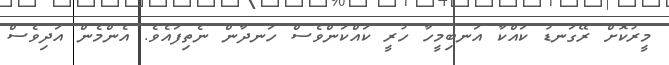
މީރުކޮށް ރޭގަނޑު ކައްކާ އަނބިމީހާ ހުރީ ކައްކަންވެސް ހަނދާން ނެތިފައެވެ. އެންމެން އަދިވެސް